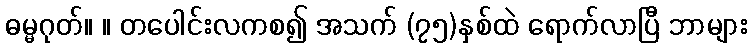
ဓမ္မဂုတ်။ ။ တပေါင်းလကစ၍ အသက် (၇၅)နှစ်ထဲ ရောက်လာပြီ ဘာများ